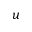
u